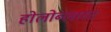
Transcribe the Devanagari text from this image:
होलोब्लास्ट